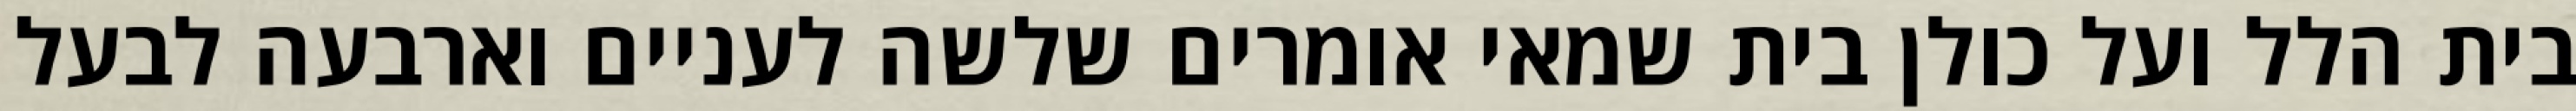
בית הלל ועל כולן בית שמאי אומרים שלשה לעניים וארבעה לבעל